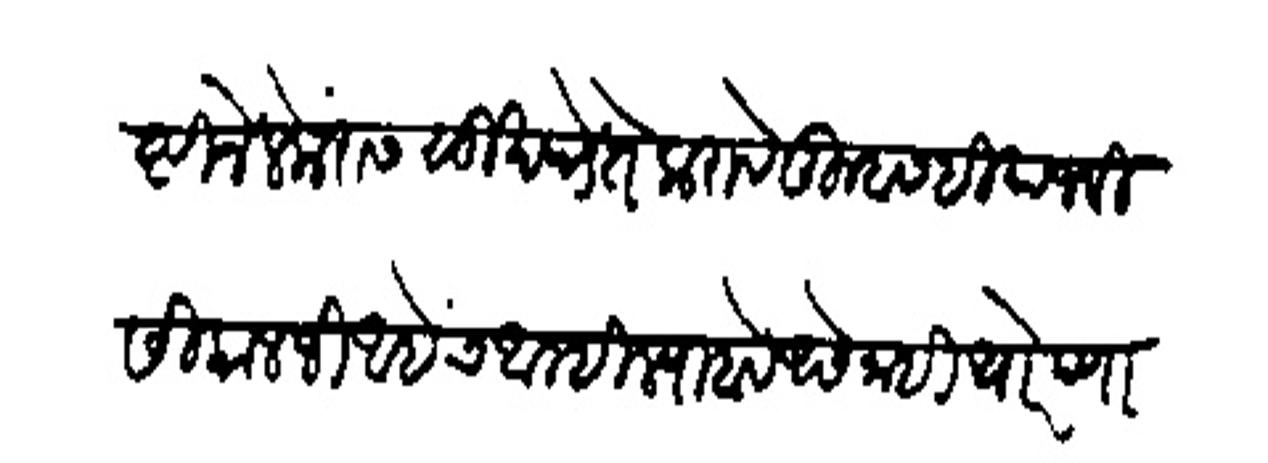
Transliteration (Devanagari): गोष्टीने लेकरास सुख पडे ते करावे तुम्हासही याजविसी कालजी आहेच आम्ही ल्याहावे असे नाही थोरपणा